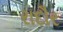
રાદૌર